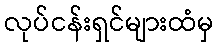
လုပ်ငန်းရှင်များထံမှ